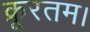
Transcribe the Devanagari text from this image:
क्रूरतम।